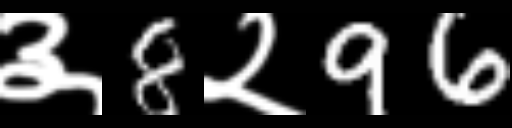
Text: ३8२96